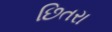
છિતરા